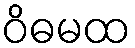
ဝိဓမထ